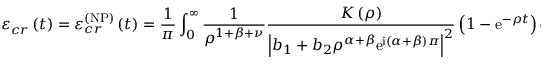
\varepsilon _ { c r } \left( t \right) = \varepsilon _ { c r } ^ { \left( \mathrm { N P } \right) } \left( t \right) = \frac { 1 } { \pi } \int _ { 0 } ^ { \infty } \frac { 1 } { \rho ^ { 1 + \beta + \nu } } \frac { K \left( \rho \right) } { \left\vert b _ { 1 } + b _ { 2 } \rho ^ { \alpha + \beta } \mathrm { e } ^ { \mathrm { i } \left( \alpha + \beta \right) \pi } \right\vert ^ { 2 } } \left( 1 - \mathrm { e } ^ { - \rho t } \right) \mathrm { d } \rho ,